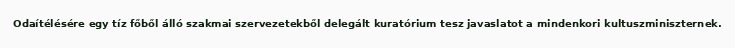
Odaítélésére egy tíz főből álló szakmai szervezetekből delegált kuratórium tesz javaslatot a mindenkori kultuszminiszternek.